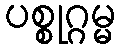
ပစ္စုဂ္ဂမ္မ